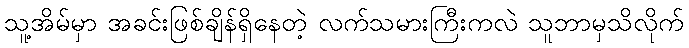
သူ့အိမ်မှာ အခင်းဖြစ်ချိန်ရှိနေတဲ့ လက်သမားကြီးကလဲ သူဘာမှသိလိုက်